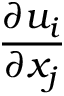
\frac { \partial u _ { i } } { \partial x _ { j } }